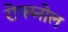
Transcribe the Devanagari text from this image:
रोफ्य्नोल